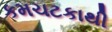
કમચટકાથી